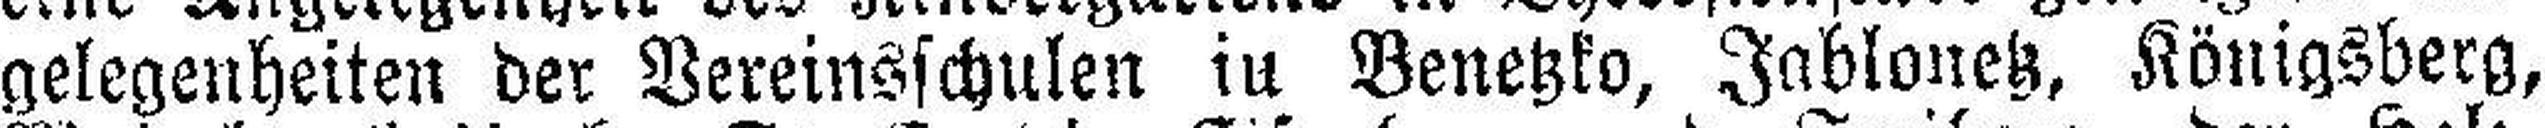
gelegenheiten der Vereinsschulen iu Benetzko, Jahlonetz, Königsberg,